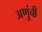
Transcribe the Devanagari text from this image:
अणुंची